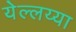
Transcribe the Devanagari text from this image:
येल्लय्या